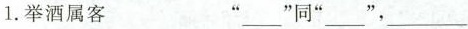
1.举酒属客 ”___”同”___”，”___”